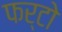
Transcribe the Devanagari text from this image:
फर्टो